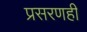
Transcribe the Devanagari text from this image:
प्रसरणही